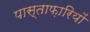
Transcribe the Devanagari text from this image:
पास्ताफ़ारियों